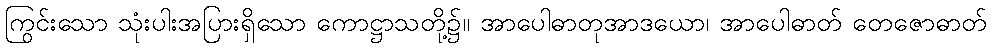
ကြွင်းသော သုံးပါးအပြားရှိသော ကောဋ္ဌာသတို့၌။ အာပေါဓာတုအာဒယော၊ အာပေါဓာတ် တေဇောဓာတ်